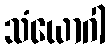
သံယောဂါ